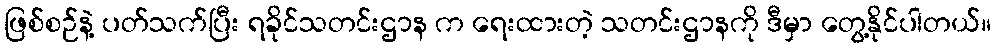
ဖြစ်စဉ်နဲ့ ပတ်သက်ပြီး ရခိုင်သတင်းဌာန က ရေးထားတဲ့ သတင်းဌာနကို ဒီမှာ တွေ့နိုင်ပါတယ်။